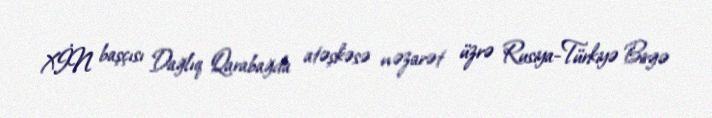
XİN başçısı Dağlıq Qarabağda atəşkəsə nəzarət üzrə Rusiya-Türkiyə Birgə